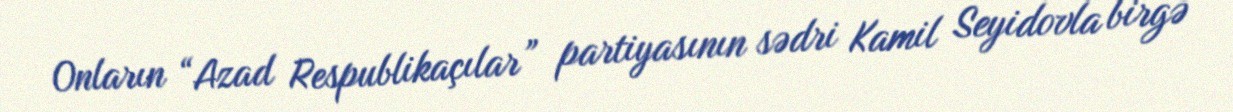
Onların “Azad Respublikaçılar” partiyasının sədri Kamil Seyidovla birgə